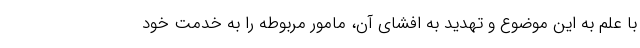
با علم به این موضوع و تهدید به افشای آن، مامور مربوطه را به خدمت خود